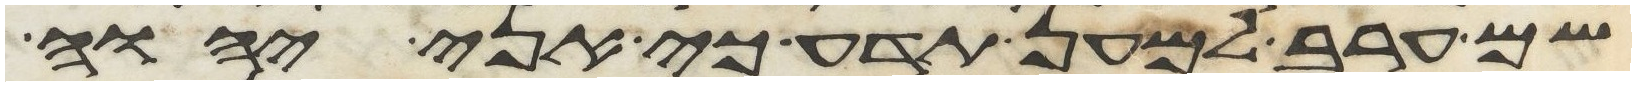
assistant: שם ערב למען תדע כי אני יהוה